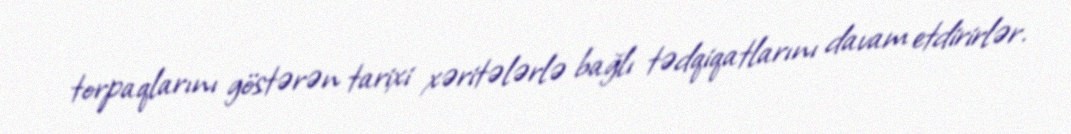
torpaqlarını göstərən tarixi xəritələrlə bağlı tədqiqatlarını davam etdirirlər.